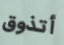
أتذوق